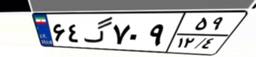
۶۴گ۷۰۹۵۹